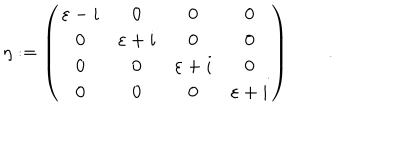
\eta : = \left( \begin{array} { c c c c } { { \varepsilon - i } } & { { 0 } } & { { 0 } } & { { 0 } } \\ { { 0 } } & { { \varepsilon + i } } & { { 0 } } & { { 0 } } \\ { { 0 } } & { { 0 } } & { { \varepsilon + i } } & { { 0 } } \\ { { 0 } } & { { 0 } } & { { 0 } } & { { \varepsilon + i } } \\ \end{array} \right) \qquad .